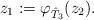
\begin{align*} z_1:=\varphi_{\hat T_3}(z_2).\end{align*}